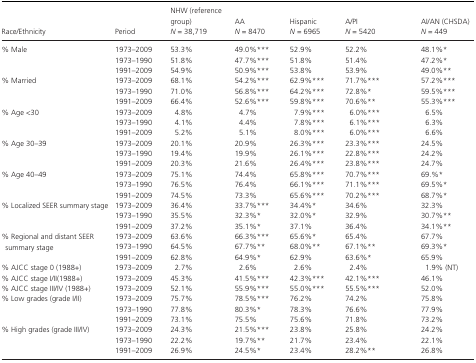
<table><thead><tr><td><b>Race/Ethnicity</b></td><td><b>Period</b></td><td><b>NHW (reference group) <i>N</i> = 38,719</b></td><td><b>AA<i>N</i> = 8470</b></td><td><b>Hispanic<i>N</i> = 6965</b></td><td><b>A/PI<i>N</i> = 5420</b></td><td><b>AI/AN (CHSDA) <i>N</i> = 449</b></td></tr></thead><tbody><tr><td rowspan="3">% Male</td><td>1973–2009</td><td>53.3%</td><td>49.0%***</td><td>52.9%</td><td>52.2%</td><td>48.1%*</td></tr><tr><td>1973–1990</td><td>51.8%</td><td>47.7%***</td><td>51.8%</td><td>51.4%</td><td>47.2%*</td></tr><tr><td>1991–2009</td><td>54.9%</td><td>50.9%***</td><td>53.8%</td><td>53.9%</td><td>49.0%**</td></tr><tr><td rowspan="3">% Married</td><td>1973–2009</td><td>68.1%</td><td>54.2%***</td><td>62.9%***</td><td>71.7%***</td><td>57.2%***</td></tr><tr><td>1973–1990</td><td>71.0%</td><td>56.8%***</td><td>64.2%***</td><td>72.8%*</td><td>59.5%***</td></tr><tr><td>1991–2009</td><td>66.4%</td><td>52.6%***</td><td>59.8%***</td><td>70.6%**</td><td>55.3%***</td></tr><tr><td rowspan="3">% Age &lt;30</td><td>1973–2009</td><td>4.8%</td><td>4.7%</td><td>7.9%***</td><td>6.0%***</td><td>6.5%</td></tr><tr><td>1973–1990</td><td>4.1%</td><td>4.4%</td><td>7.8%***</td><td>6.1%***</td><td>6.3%</td></tr><tr><td>1991–2009</td><td>5.2%</td><td>5.1%</td><td>8.0%***</td><td>6.0%***</td><td>6.6%</td></tr><tr><td rowspan="3">% Age 30–39</td><td>1973–2009</td><td>20.1%</td><td>20.9%</td><td>26.3%***</td><td>23.3%***</td><td>24.5%</td></tr><tr><td>1973–1990</td><td>19.4%</td><td>19.9%</td><td>26.1%***</td><td>22.8%***</td><td>24.2%</td></tr><tr><td>1991–2009</td><td>20.3%</td><td>21.6%</td><td>26.4%***</td><td>23.8%***</td><td>24.7%</td></tr><tr><td rowspan="3">% Age 40–49</td><td>1973–2009</td><td>75.1%</td><td>74.4%</td><td>65.8%***</td><td>70.7%***</td><td>69.%*</td></tr><tr><td>1973–1990</td><td>76.5%</td><td>76.4%</td><td>66.1%***</td><td>71.1%***</td><td>69.5%*</td></tr><tr><td>1991–2009</td><td>74.5%</td><td>73.3%</td><td>65.6%***</td><td>70.2%***</td><td>68.7%*</td></tr><tr><td rowspan="3">% Localized SEER summary stage</td><td>1973–2009</td><td>36.4%</td><td>33.7%***</td><td>34.4%*</td><td>34.6%</td><td>32.3%</td></tr><tr><td>1973–1990</td><td>35.5%</td><td>32.3%*</td><td>32.0%*</td><td>32.9%</td><td>30.7%**</td></tr><tr><td>1991–2009</td><td>37.2%</td><td>35.1%*</td><td>37.1%</td><td>36.4%</td><td>34.1%**</td></tr><tr><td rowspan="3">% Regional and distant SEER summary stage</td><td>1973–2009</td><td>63.6%</td><td>66.3%***</td><td>65.6%*</td><td>65.4%</td><td>67.7%</td></tr><tr><td>1973–1990</td><td>64.5%</td><td>67.7%**</td><td>68.0%**</td><td>67.1%**</td><td>69.3%*</td></tr><tr><td>1991–2009</td><td>62.8%</td><td>64.9%*</td><td>62.9%</td><td>63.6%*</td><td>65.9%</td></tr><tr><td>% AJCC stage 0 (1988+)</td><td>1973–2009</td><td>2.7%</td><td>2.6%</td><td>2.6%</td><td>2.4%</td><td>1.9% (NT)</td></tr><tr><td>% AJCC stage I/II(1988+)</td><td>1973–2009</td><td>45.3%</td><td>41.5%***</td><td>42.3%***</td><td>42.1%***</td><td>46.1%</td></tr><tr><td>% AJCC stage III/IV (1988+)</td><td>1973–2009</td><td>52.1%</td><td>55.9%***</td><td>55.0%***</td><td>55.5%***</td><td>52.0%</td></tr><tr><td rowspan="3">% Low grades (grade I/II)</td><td>1973–2009</td><td>75.7%</td><td>78.5%***</td><td>76.2%</td><td>74.2%</td><td>75.8%</td></tr><tr><td>1973–1990</td><td>77.8%</td><td>80.3%*</td><td>78.3%</td><td>76.6%</td><td>77.9%</td></tr><tr><td>1991–2009</td><td>73.1%</td><td>75.5%</td><td>75.6%</td><td>71.8%</td><td>73.2%</td></tr><tr><td rowspan="3">% High grades (grade III/IV)</td><td>1973–2009</td><td>24.3%</td><td>21.5%***</td><td>23.8%</td><td>25.8%</td><td>24.2%</td></tr><tr><td>1973–1990</td><td>22.2%</td><td>19.7%**</td><td>21.7%</td><td>23.4%</td><td>22.1%</td></tr><tr><td>1991–2009</td><td>26.9%</td><td>24.5%*</td><td>23.4%</td><td>28.2%**</td><td>26.8%</td></tr></tbody></table>